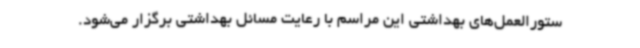
ستورالعمل‌های بهداشتی این مراسم با رعایت مسائل بهداشتی برگزار می‌شود.